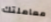
معاملتك